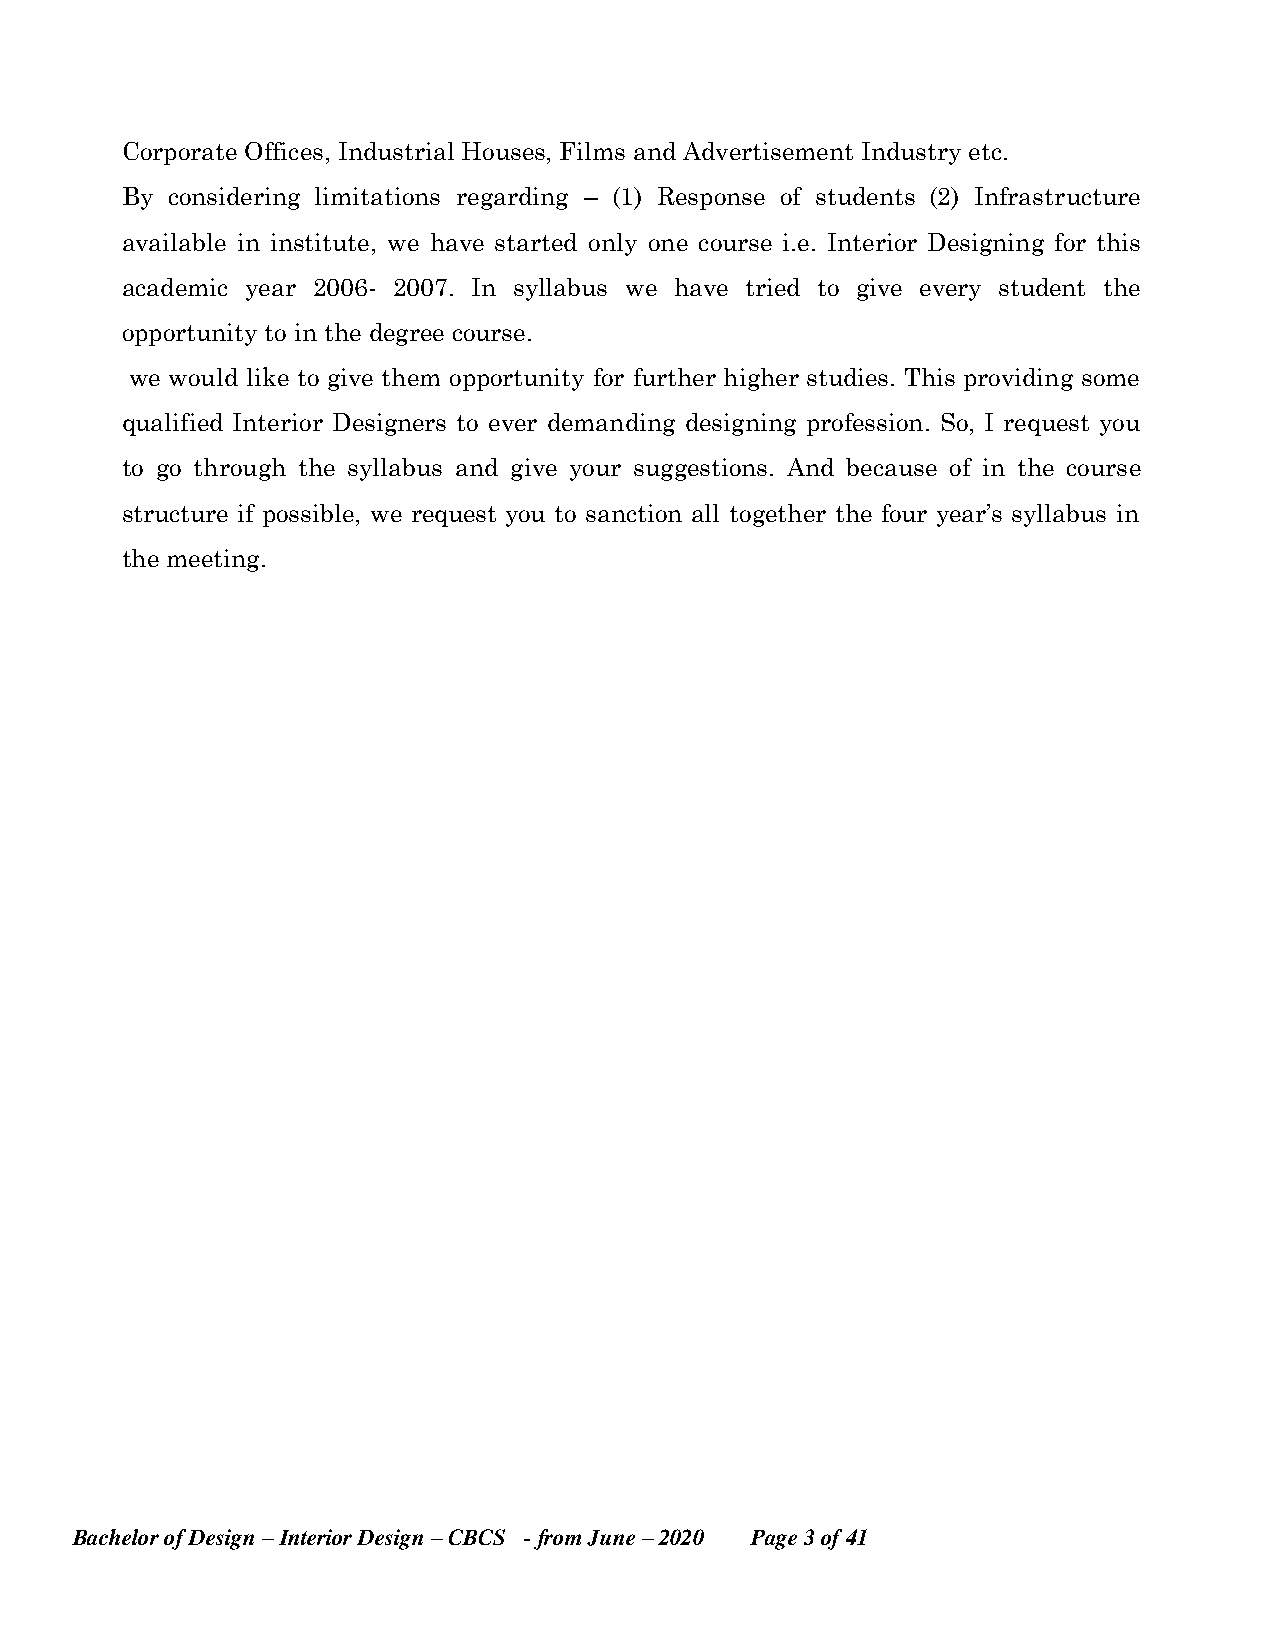
Corporate Offices, Industrial Houses, Films and Advertisement Industry etc.
 By considering limitations regarding – (1) Response of students (2) Infrastructure
 available in institute, we have started only one course i.e. Interior Designing for this
 academic year 2006- 2007. In syllabus we have tried to give every student the
 opportunity to in the degree course.
 we would like to give them opportunity for further higher studies. This providing some
 qualified Interior Designers to ever demanding designing profession. So, I request you
 to go through the syllabus and give your suggestions. And because of in the course
 structure if possible, we request you to sanction all together the four year’s syllabus in
 the meeting.
 Bachelor of Design – Interior Design – CBCS - from June – 2020 Page 3 of 41